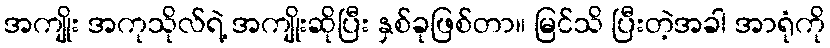
အကျိုး အကုသိုလ်ရဲ့ အကျိုးဆိုပြီး နှစ်ခုဖြစ်တာ။ မြင်သိ ပြီးတဲ့အခါ အာရုံကို